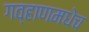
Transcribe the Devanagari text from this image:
गव्हाणमधेच